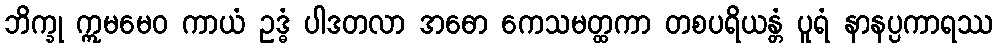
ဘိက္ခု ဣမမေဝ ကာယံ ဥဒ္ဓံ ပါဒတလာ အဓော ကေသမတ္ထကာ တစပရိယန္တံ ပူရံ နာနပ္ပကာရဿ